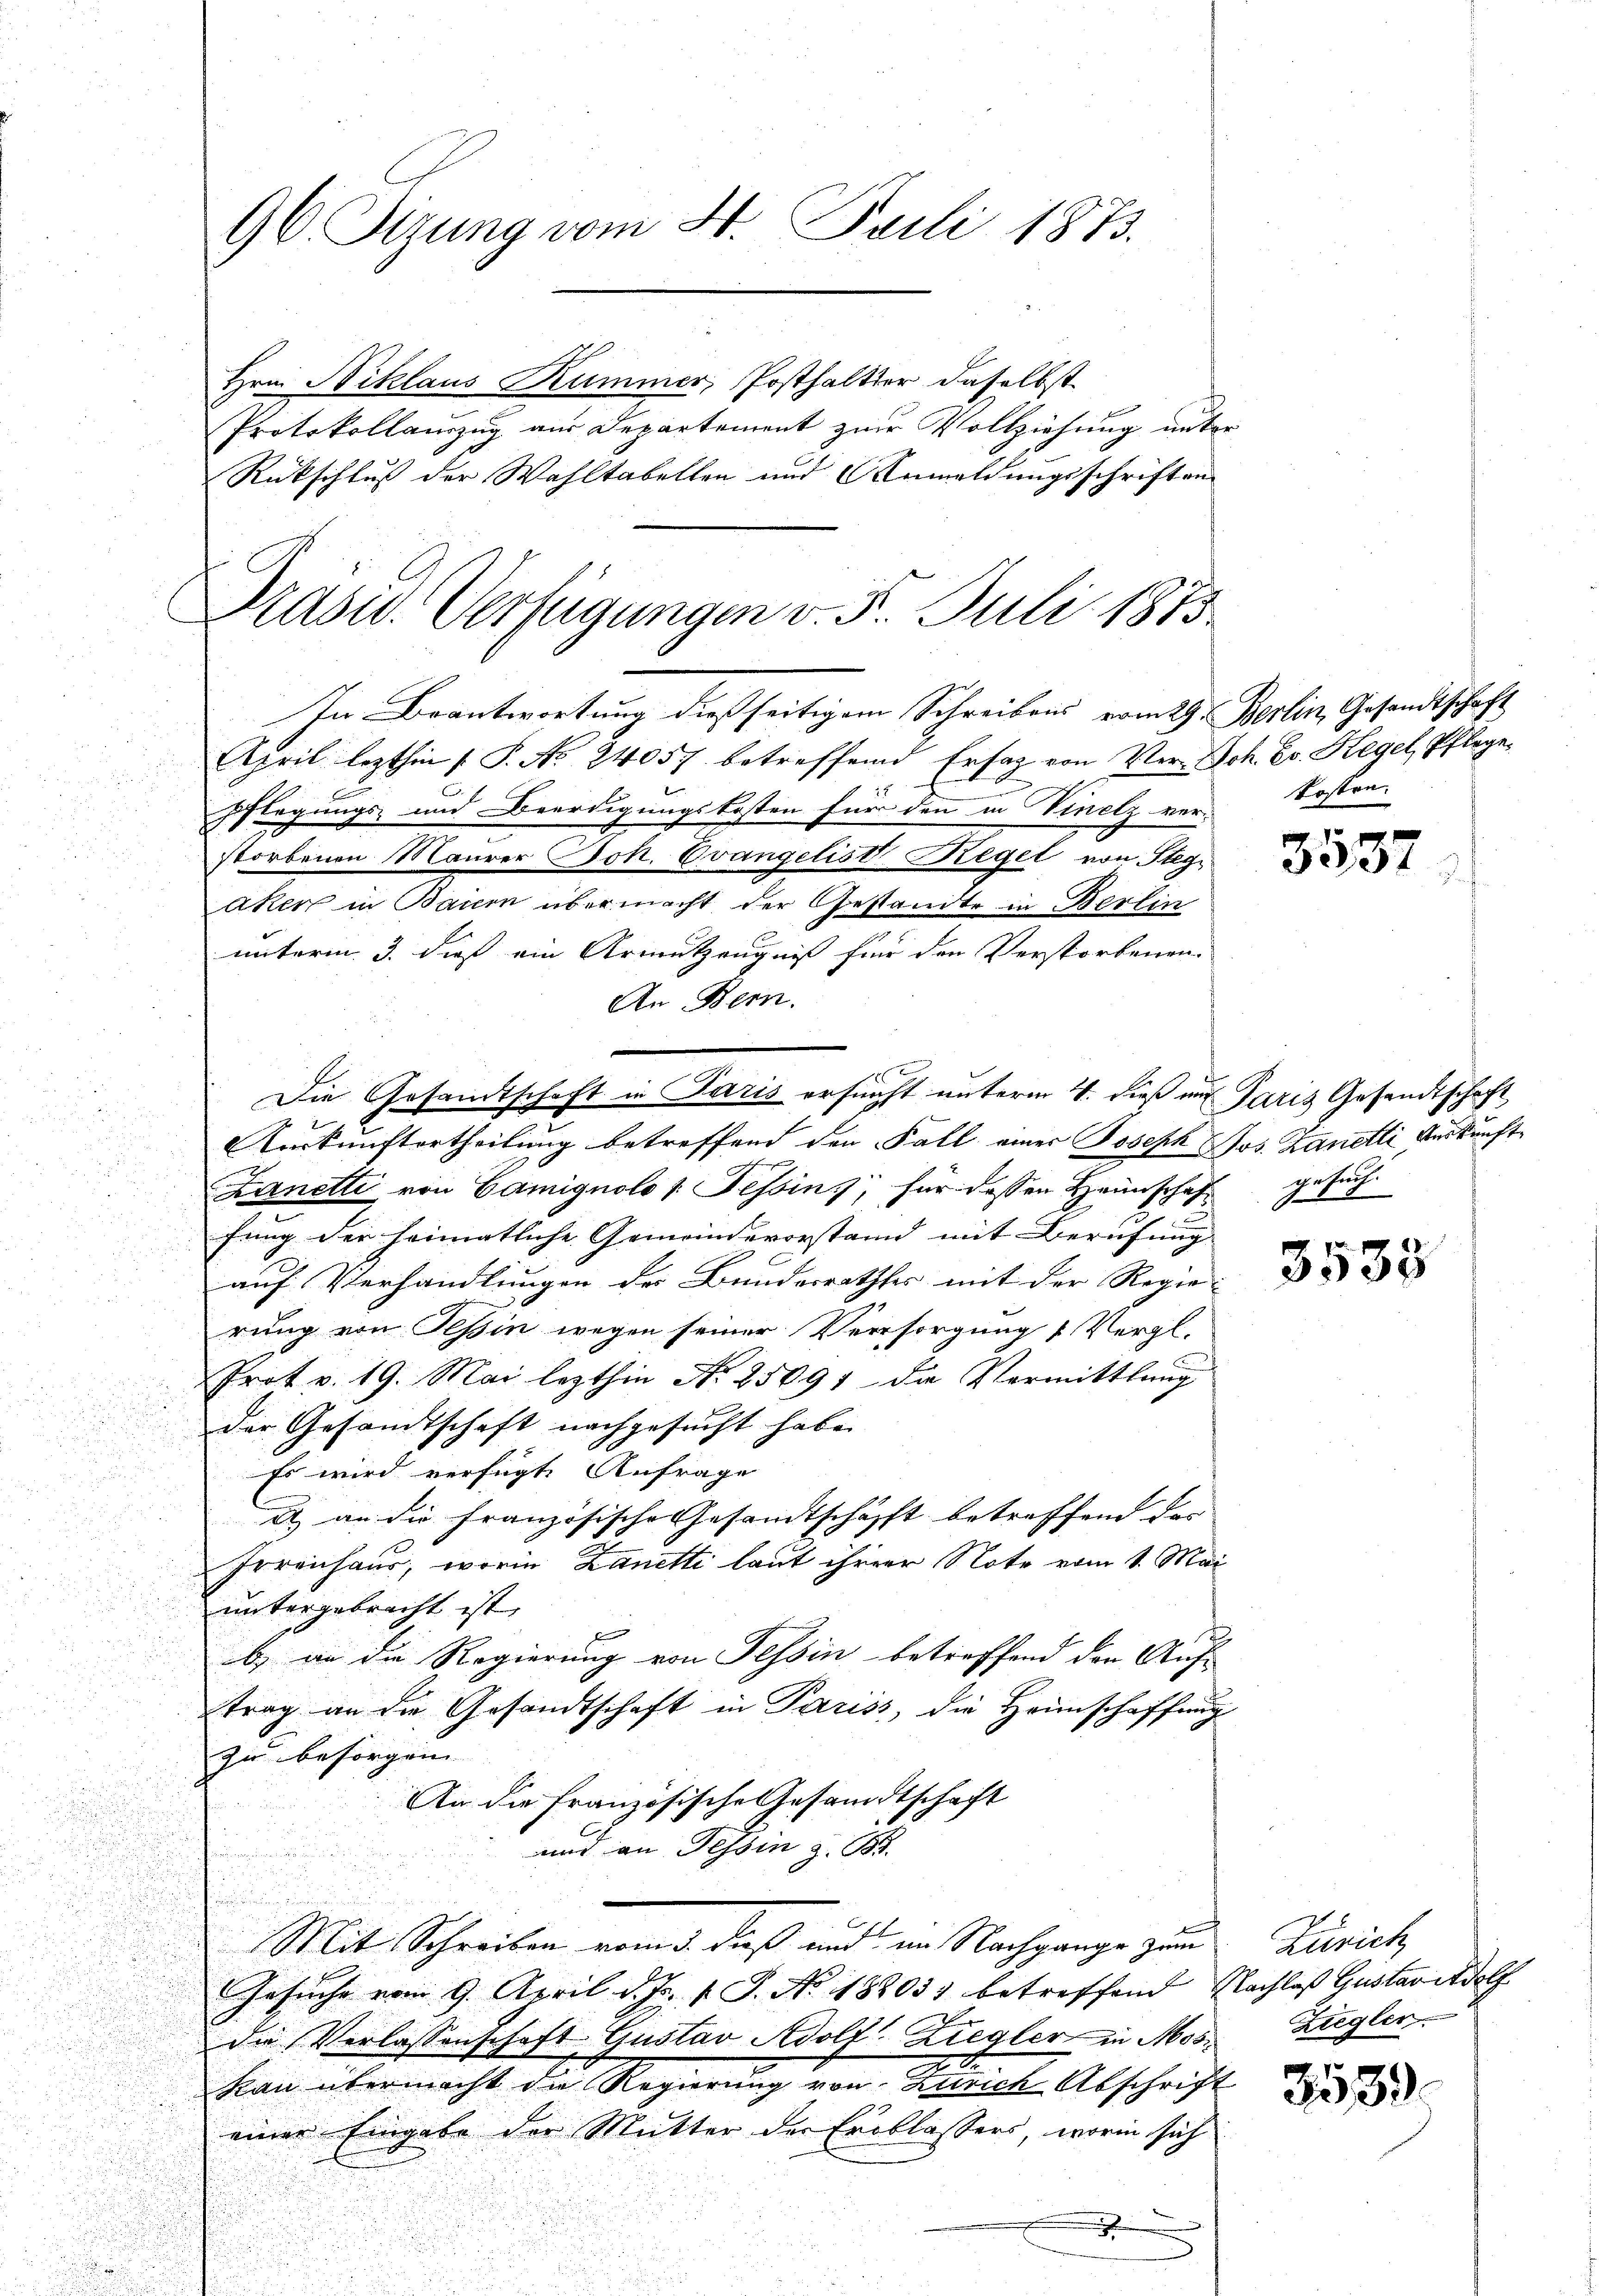
.
pflegungs- und Beerdigungskosten für den in Vinelz ver-Sostra-
storbenen Maurer Joh. Evangelist Regel von Steg
aken in Bauern übermacht der Gestandte in Berlin
unterm 3. dieß ein Armutzeugniß für den Verstorbenen.
An Bern.
¬

Auskunftertheilung betreffend den Fall einer Joseph Jos. Lanelli Auskunft¬
u
Zanetti von Gamignolo v. Tessin, für dessen Hrünschaf
fung der heimatliche Gemeindevorstand mit Berufung |
auf Verhandlungen des Bundesrathes mit der Regie-
rung von Tessin wegen seiner Versorgung „Vergl.
Prot v. 19. Mai lezthin No 25091 de Vermittlung
der Gesandtschaft nachgesucht habe.
Es wird verfügte Anfrage
A an die Französische Gesandtschafft betreffend das
Irreichaus, worin Danetti laut ihrer Note vom 1. Mai
untergebracht ist.
b) an die Regierung von Tessin betreffend den Auftrag an die Gesandtschaft in Pariss, die Heimschaffung
zu besorgen. |
An die Französische Gesandtschaft
und an Tessin z. 138.
Mit Schreiben vom 3. Daß und im Nachgange zum Zürich
Gesuche vom 9. April d. Js. v. J. No. 18803) betreffend Nachlaß Gustav Adolf
die Verlassenschaft Gustav Adolf Ziegler in Mos. Zieglen
7
kau übermacht die Regierung von Zürich Abschrift
einer Eingabe der Mutter der Erblassers, worin sich
.
.

Präsid. Verfügungen v. 5. Juli 1873.
In Beantwortung dießseitigem Schreibens vom 29. Berlin, Gesandtschaft
April lezthin (S. No 24057 betreffend Erfag von Ver- Joh. Er. Hegel, Pflege

96. Sizung vom 4. Juli 1873.
Hrn. Niklaus Kummer, Posthalter daselbst
Protokollauszug aus Departement zur Vollziehung unter
Rückschluß der Wahltabellen und Anmeldungsschriften

x
Die Gesandtschaft in Paris ersucht unterm 4. dieß und Paris Gesandtschaft

gesuch.
785

3537

3533

2533.